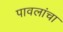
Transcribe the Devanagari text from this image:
पावलांचा